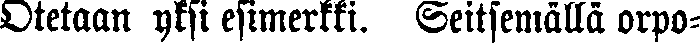
Otetaan yksi esimerkki. Seitsemällä orpo-